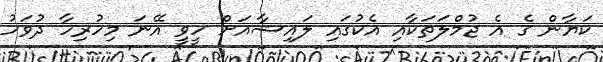
ކަޔާން ގެ އެ ޖުމްލަތަކާއި އެކުގައި ލައިޝާއަށް ހީވީ އޭނަ މިހުރިހާ ދުވަހު